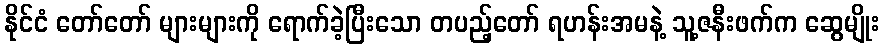
နိုင်ငံ တော်တော် များများကို ရောက်ခဲ့ပြီးသော တပည့်တော် ရဟန်းအမနဲ့ သူ့ဇနီးဖက်က ဆွေမျိုး